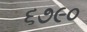
૬૭૯૦